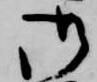
御